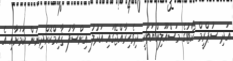
އަދި ސުޕްރީމް ކޯޓުގެ މަސްއޫލިއްޔަތަކީ ދިވެހިރާއްޖޭގައި އަދުލު އިންސާފު ޤާއިމްކޮށްދިނުން ކަމަށާއި އެ